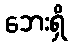
ဘေးရှိ